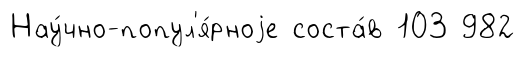
Нау́чно-попул'я́рноjе соста́в 103 982